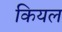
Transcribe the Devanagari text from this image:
कियल